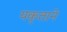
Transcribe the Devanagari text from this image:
यकृताने